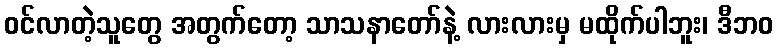
ဝင်လာတဲ့သူတွေ အတွက်တော့ သာသနာတော်နဲ့ လားလားမှ မထိုက်ပါဘူး၊ ဒီဘဝ